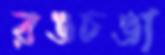
রঙচঙা